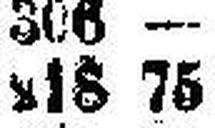
218 75